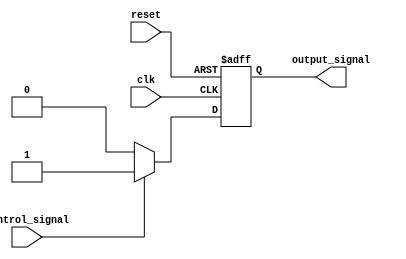
module Disable (
    input wire clk,               // Clock signal
    input wire reset,             // Reset signal
    input wire control_signal,     // Control signal to enable/disable the block
    output reg output_signal       // Output signal of the block
);

    // Internal state to manage enable/disable status
    reg enabled;

    // Always block to manage the state based on control signal and reset
    always @(posedge clk or posedge reset) begin
        if (reset) begin
            enabled <= 1'b1;        // Reset state to enabled
            output_signal <= 1'b0;  // Clear output on reset
        end else if (control_signal) begin
            enabled <= 1'b1;        // Enable the block
            // Perform normal operations here
            output_signal <= 1'b1;  // Example output when enabled
        end else begin
            enabled <= 1'b0;        // Disable the block
            output_signal <= 1'b0;  // Clear output when disabled
        end
    end

endmodule